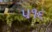
૫૧૬